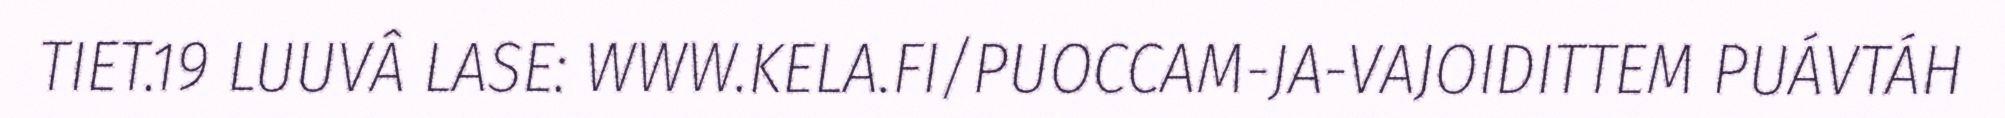
TIET.19 LUUVÂ LASE: WWW.KELA.FI/PUOCCAM-JA-VAJOIDITTEM PUÁVTÁH